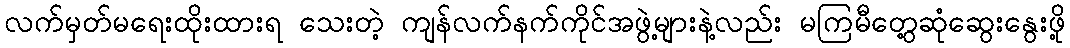
လက်မှတ်မရေးထိုးထားရ သေးတဲ့ ကျန်လက်နက်ကိုင်အဖွဲ့များနဲ့လည်း မကြမီတွေ့ဆုံဆွေးနွေးဖို့